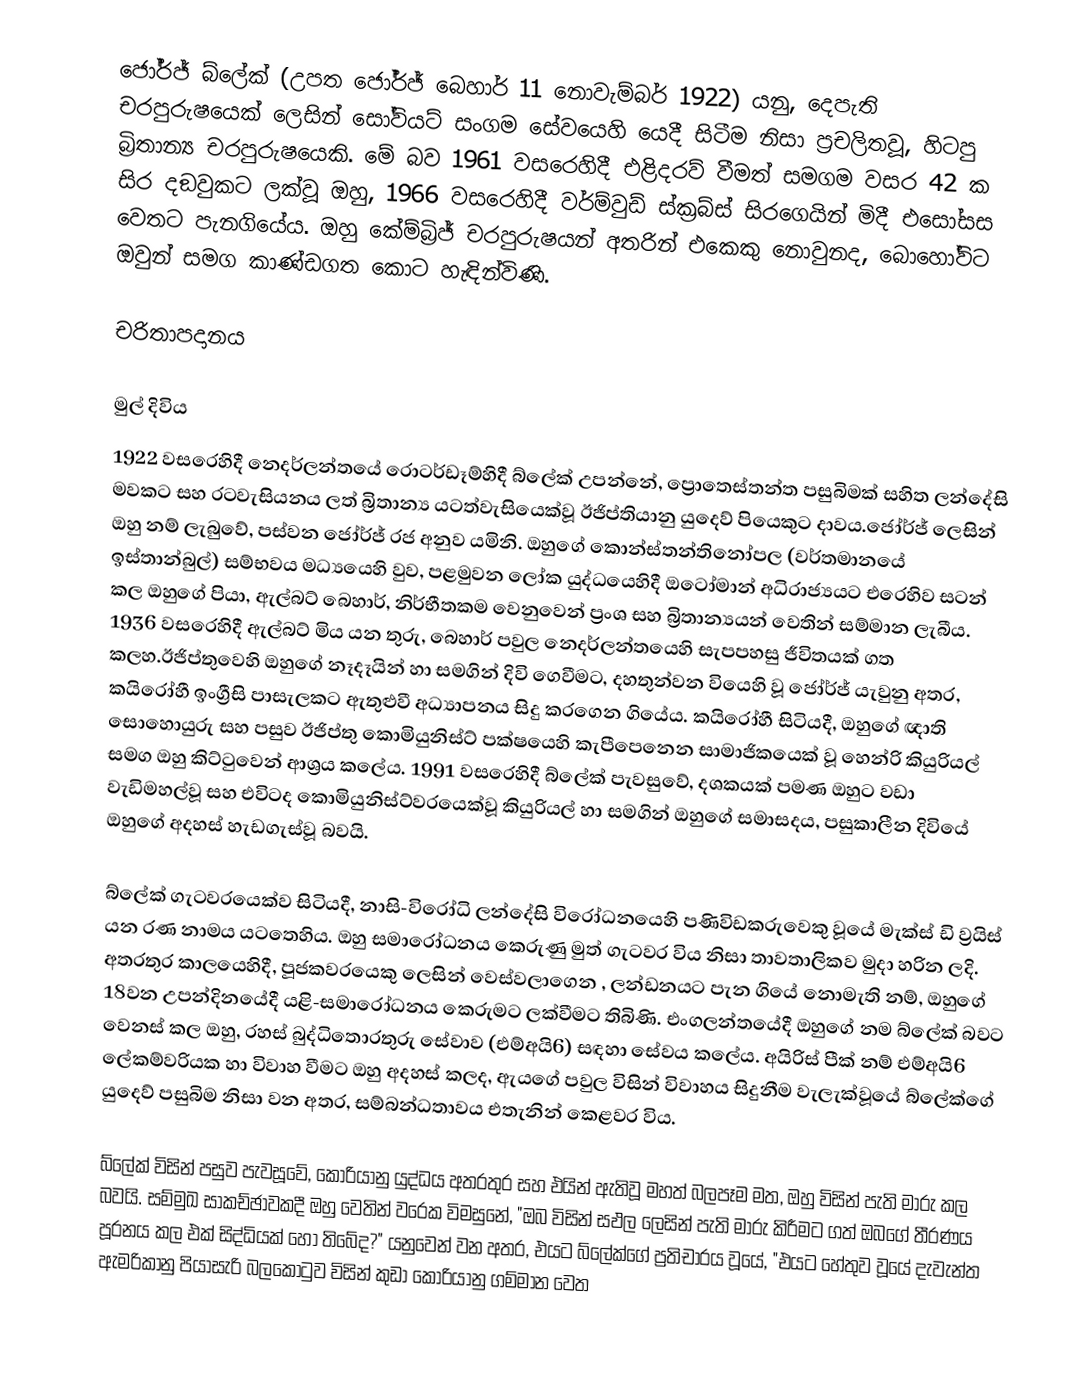
ජෝර්ජ් බ්ලේක් (උපත ජෝර්ජ් බෙහාර් 11 නොවැම්බර් 1922) යනු, දෙපැති චරපුරුෂයෙක් ලෙසින් සෝවියට් සංගම සේවයෙහි යෙදී සිටීම නිසා ප්‍රචලිතවූ,   හිටපු  බ්‍රිතාන්‍ය චරපුරුෂයෙකි. මේ බව 1961 වසරෙහිදී එළිදරව් වීමත් සමගම වසර 42 ක සිර දඞුවකට ලක්වූ ඔහු, 1966 වසරෙහිදී  වර්ම්වුඩ් ස්ක්‍රබ්ස් සිරගෙයින් මිදී එසෝසස වෙතට  පැනගියේය. ඔහු  කේම්බ්‍රිජ් චරපුරුෂයන් අතරින් එකෙකු නොවුනද, බොහෝවිට ඔවුන් සමග කාණ්ඩගත කොට හැඳින්විණි.

චරිතාපදානය

මුල් දිවිය
1922 වසරෙහිදී නෙදර්ලන්තයේ රොටර්ඩෑම්හිදී බ්ලේක් උපන්නේ, ප්‍රොතෙස්තන්ත පසුබිමක් සහිත ලන්දේසි මවකට සහ  රටවැසියනය ලත් බ්‍රිතාන්‍ය යටත්වැසියෙක්වූ  ඊජිප්තියානු යුදෙව් පියෙකුට දාවය.ජෝර්ජ් ලෙසින් ඔහු නම් ලැබුවේ,  පස්වන ජෝර්ජ් රජ අනුව යමිනි. ඔහුගේ කොන්ස්තන්තිනෝපල (වර්තමානයේ ඉස්තාන්බුල්) සම්භවය මධ්‍යයෙහි වුව,  පළමුවන ලෝක යුද්ධයෙහිදී ඔටෝමාන් අධිරාජ්‍යයට එරෙහිව සටන් කල ඔහුගේ පියා, ඇල්බට් බෙහාර්, නිර්භීතකම වෙනුවෙන් ප්‍රංශ සහ බ්‍රිතාන්‍යයන් වෙතින් සම්මාන ලැබීය. 1936 වසරෙහිදී ඇල්බට් මිය යන තුරු, බෙහාර් පවුල නෙදර්ලන්තයෙහි සැපපහසු ජීවිතයක් ගත කලහ.ඊජිප්තුවෙහි ඔහුගේ නෑදෑයින් හා සමගින් දිවි ගෙවීමට,  දහතුන්වන වියෙහි වූ ජෝර්ජ් යැවුනු අතර, කයිරෝහී ඉංග්‍රීසි පාසැලකට ඇතුළුවී අධ්‍යාපනය සිදු කරගෙන ගියේය. කයිරෝහී සිටියදී, ඔහුගේ ඥාති සොහොයුරු සහ පසුව  ඊජිප්තු කොමියුනිස්ට් පක්ෂයෙහි කැපීපෙනෙන සාමාජිකයෙක් වූ හෙන්රි කියුරියල් සමග ඔහු කිට්ටුවෙන් ආශ්‍රය කලේය.  1991 වසරෙහිදී බ්ලේක් පැවසුවේ, දශකයක් පමණ ඔහුට වඩා වැඩිමහල්වූ සහ එවිටද  කොමියුනිස්ට්වරයෙක්වූ  කියුරියල් හා සමගින් ඔහුගේ සමාසදය,  පසුකාලීන දිවියේ ඔහුගේ අදහස් හැඩගැස්වූ බවයි.

බ්ලේක් ගැටවරයෙක්ව සිටියදී, නාසි-විරෝධි ලන්දේසි විරෝධනයෙහි පණිවිඩකරුවෙකු වූයේ  මැක්ස් ඩි ව්‍රයිස් යන රණ නාමය යටතෙහිය. ඔහු සමාරෝධනය කෙරුණු මුත් ගැටවර විය නිසා තාවතාලිකව මුදා හරින ලදි. අතරතුර කාලයෙහිදී, පූජකවරයෙකු ලෙසින් වෙස්වලාගෙන , ලන්ඩනයට පැන ගියේ නොමැති නම්,  ඔහුගේ 18වන උපන්දිනයේදී යළි-සමාරෝධනය කෙරුමට ලක්වීමට තිබිණි. එංගලන්තයේදී ඔහුගේ නම බ්ලේක් බවට වෙනස් කල ඔහු, රහස් බුද්ධිතොරතුරු සේවාව (එම්අයි6) සඳහා සේවය කලේය. අයිරිස් පීක් නම් එම්අයි6 ලේකම්වරියක හා විවාහ වීමට ඔහු අදහස් කලද, ඇයගේ පවුල විසින් විවාහය සිදුනීම වැලැක්වූයේ බ්ලේක්ගේ යුදෙව් පසුබිම නිසා වන අතර, සම්බන්ධතාවය එතැනින් කෙළවර විය.

බ්ලේක් විසින් පසුව පැවසූවේ,  කොරියානු යුද්ධය අතරතුර සහ එයින් ඇතිවූ මහත් බලපෑම මත, ඔහු විසින් පැති මාරු කල බවයි. සම්මුඛ සාකච්ඡාවකදී ඔහු වෙතින් වරෙක විමසුනේ, "ඔබ විසින් සඵල ලෙසින් පැති මාරු කිරීමට ගත් ඔබගේ තීරණය පූරනය කල එක් සිද්ධියක් හෝ තිබේද?" යනුවෙන් වන අතර, එයට බ්ලේක්ගේ ප්‍රතිචාරය වූයේ, "එයට හේතුව වූයේ දැවැන්ත ඇමරිකානු පියාසැරි බලකොටුව විසින් කුඩා කොරියානු ගම්මාන වෙත